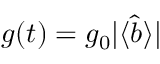
g ( t ) = g _ { 0 } | \langle \hat { b } \rangle |